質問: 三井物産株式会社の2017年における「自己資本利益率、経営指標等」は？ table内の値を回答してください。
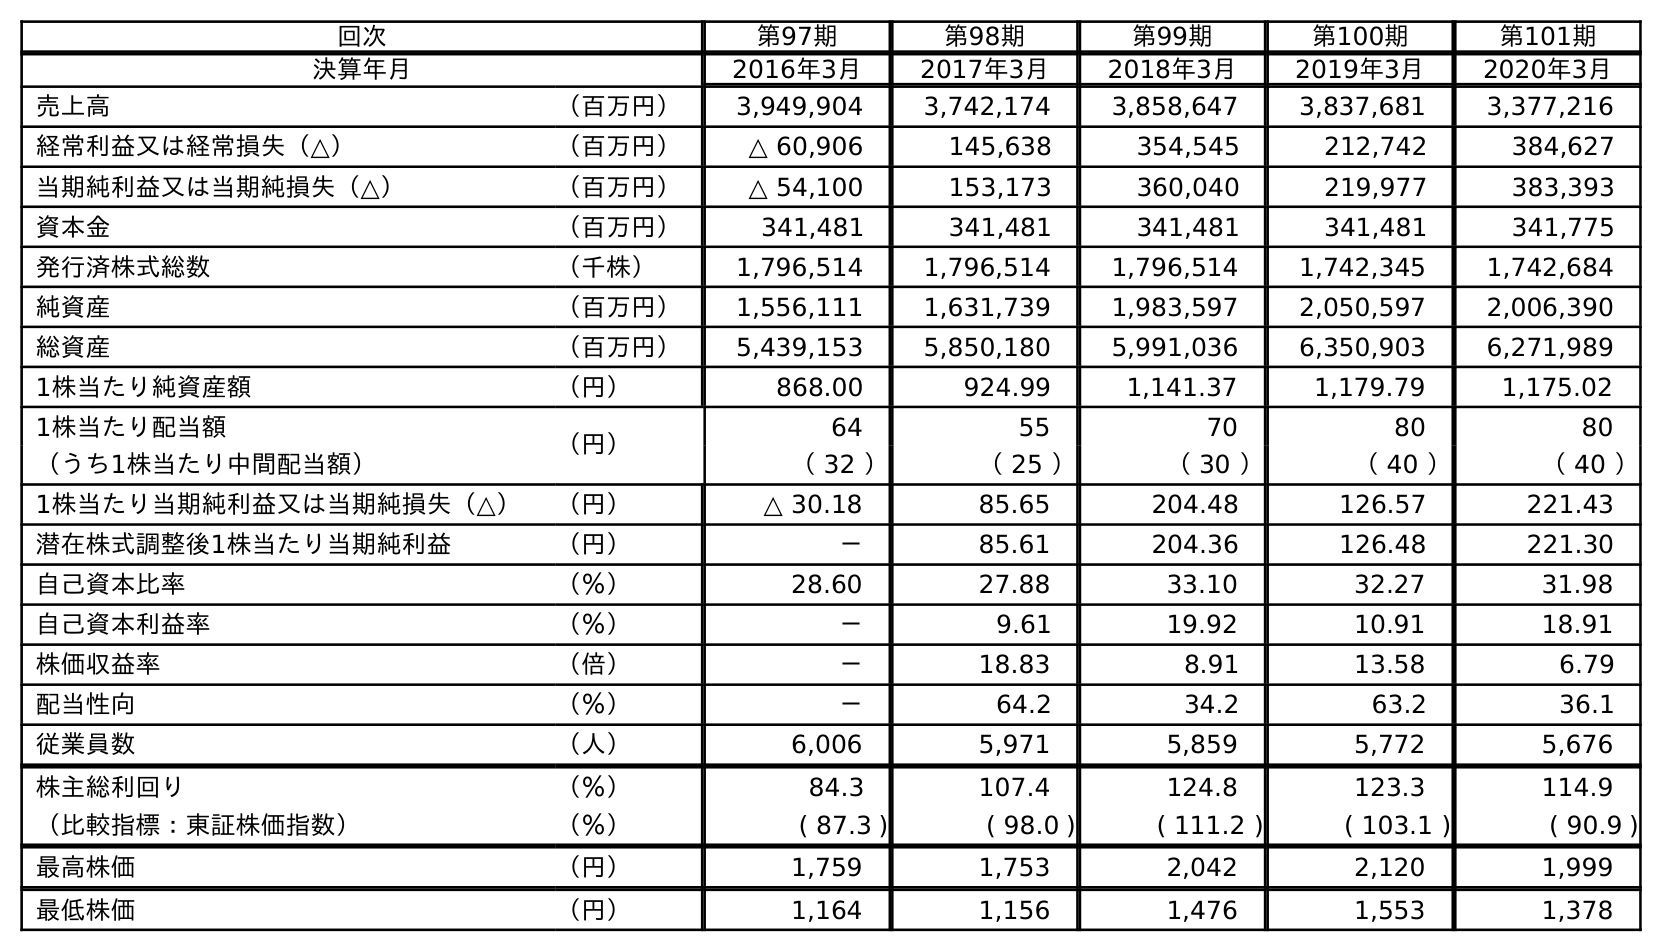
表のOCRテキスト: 回次 第97期 第98期 第99期 第100期 第101期 決算年月 2016年3月 2017年3月 2018年3月 2019年3月 2020年3月 売上高 （百万円） 3,949,904 3,742,174 3,858,647 3,837,681 3,377,216 経常利益又は経常損失（△） （百万円） △ 60,906 145,638 354,545 212,742 384,627 当期純利益又は当期純損失（△） （百万円） △ 54,100 153,173 360,040 219,977 383,393 資本金 （百万円） 341,481 341,481 341,481 341,481 341,775 発行済株式総数 （千株） 1,796,514 1,796,514 1,796,514 1,742,345 1,742,684 純資産 （百万円） 1,556,111 1,631,739 1,983,597 2,050,597 2,006,390 総資産 （百万円） 5,439,153 5,850,180 5,991,036 6,350,903 6,271,989 1株当たり純資産額 （円） 868.00 924.99 1,141.37 1,179.79 1,175.02 1株当たり配当額 （円） 64 55 70 80 80 （うち1株当たり中間配当額） （ 32 ） （ 25 ） （ 30 ） （ 40 ） （ 40 ） 1株当たり当期純利益又は当期純損失（△） （円） △ 30.18 85.65 204.48 126.57 221.43 潜在株式調整後1株当たり当期純利益 （円） － 85.61 204.36 126.48 221.30 自己資本比率 （％） 28.60 27.88 33.10 32.27 31.98 自己資本利益率 （％） － 9.61 19.92 10.91 18.91 株価収益率 （倍） － 18.83 8.91 13.58 6.79 配当性向 （％） － 64.2 34.2 63.2 36.1 従業員数 （人） 6,006 5,971 5,859 5,772 5,676 株主総利回り （％） 84.3 107.4 124.8 123.3 114.9 （比較指標：東証株価指数） （％） ( 87.3 ) ( 98.0 ) ( 111.2 ) ( 103.1 ) ( 90.9 ) 最高株価 （円） 1,759 1,753 2,042 2,120 1,999 最低株価 （円） 1,164 1,156 1,476 1,553 1,378
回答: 9.61